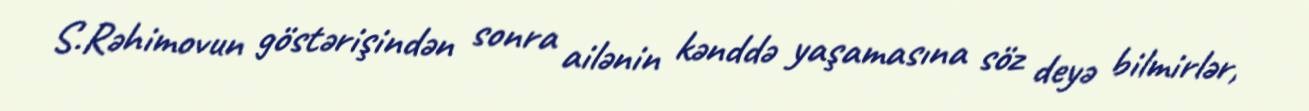
S.Rəhimovun göstərişindən sonra ailənin kənddə yaşamasına söz deyə bilmirlər,